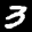
Label: 3